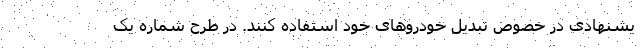
یشنهادی در خصوص تبدیل خودروهای خود استفاده کنند. در طرح شماره یک